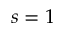
s = 1